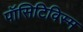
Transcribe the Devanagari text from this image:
पॉसिटिविस्म